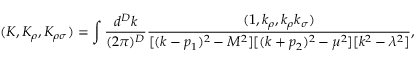
( K , K _ { \rho } , K _ { \rho \sigma } ) = \int { \frac { d ^ { D } k } { ( 2 \pi ) ^ { D } } } { \frac { ( 1 , k _ { \rho } , k _ { \rho } k _ { \sigma } ) } { [ ( k - p _ { 1 } ) ^ { 2 } - M ^ { 2 } ] [ ( k + p _ { 2 } ) ^ { 2 } - \mu ^ { 2 } ] [ k ^ { 2 } - \lambda ^ { 2 } ] } } ,